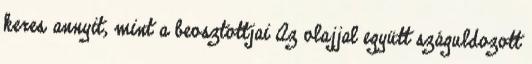
keres annyit, mint a beosztottjai Az olajjal együtt száguldozott